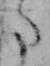
た